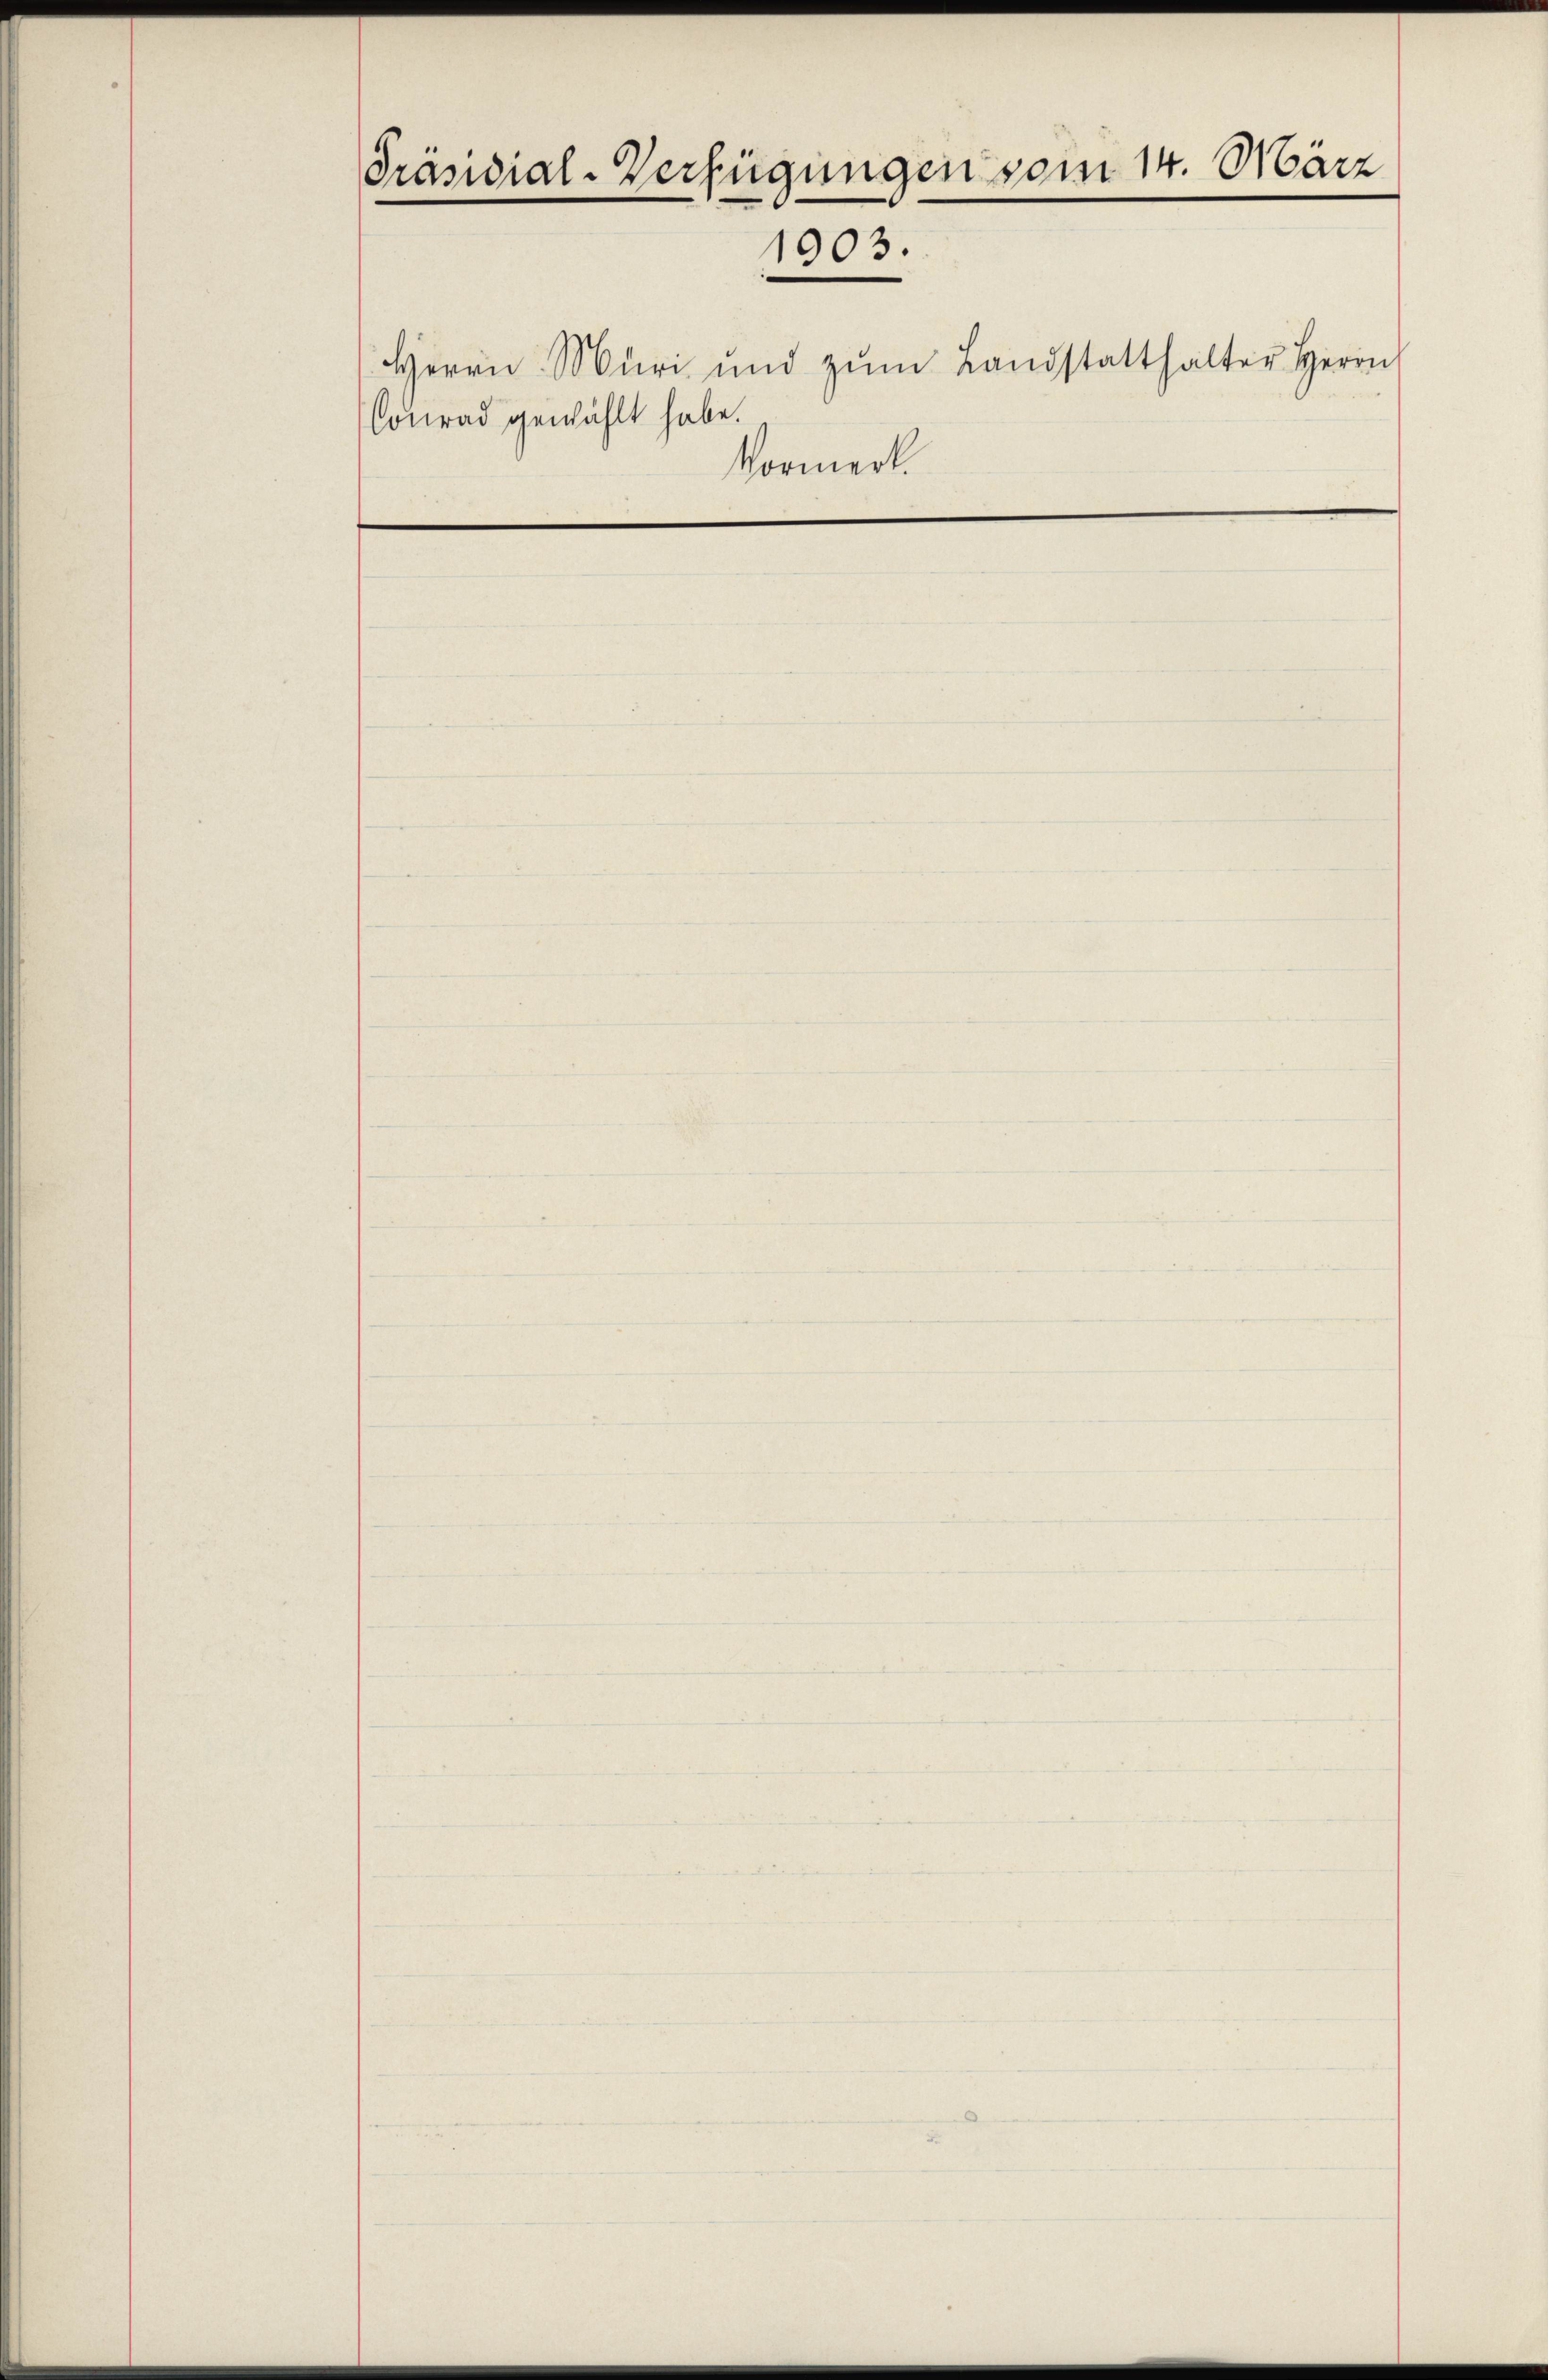
Präsidial-Verfügungen vom 14. März
1903.

Herrn Muri und zŭm Landstatthalter Herrn
Conrad gewählt habe.
Vormerk.